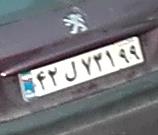
۴۲ل۷۳۱۹۹